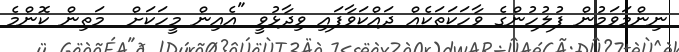
ނިންމަވަމުން ފުލުހުންގެ ވާހަކަތަކެއް ދައްކަވާފައި ވިދާޅުވީ "އެއިން މީހަކަށް  މަތިން ކޮންމެ